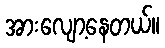
အားလျော့နေတယ်။